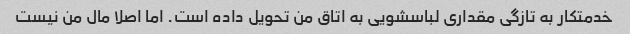
خدمتکار به تازگی مقداری لباسشویی به اتاق من تحویل داده است. اما اصلا مال من نیست